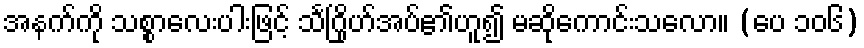
အနက်ကို သစ္စာလေးပါးဖြင့် သင်္ဂြိုဟ်အပ်၏ဟူ၍ မဆိုကောင်းသလော။ (ပေ ၁၀၆)